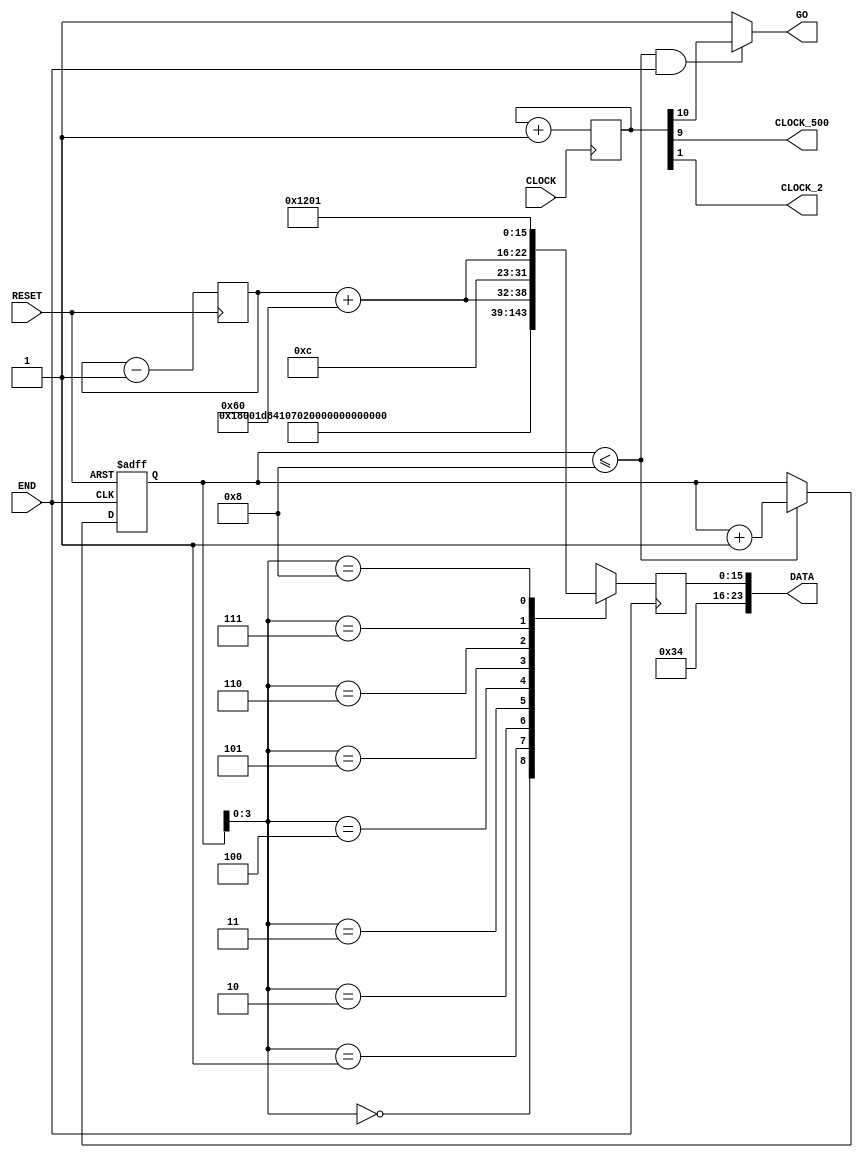
// ============================================================================
// Copyright (c) 2012 by Terasic Technologies Inc.
// ============================================================================
//
// Permission:
//
//   Terasic grants permission to use and modify this code for use
//   in synthesis for all Terasic Development Boards and Altrea Development 
//   Kits made by Terasic.  Other use of this code, including the selling 
//   ,duplication, or modification of any portion is strictly prohibited.
//
// Disclaimer:
//
//   This VHDL or Verilog source code is intended as a design reference
//   which illustrates how these types of functions can be implemented.
//   It is the user's responsibility to verify their design for
//   consistency and functionality through the use of formal
//   verification methods.  Terasic provides no warranty regarding the use 
//   or functionality of this code.
//
// ============================================================================
//           
//  Terasic Technologies Inc
//  9F., No.176, Sec.2, Gongdao 5th Rd, East Dist, Hsinchu City, 30070. Taiwan
//
//
//
//                     web: http://www.terasic.com/
//
// ============================================================================
//
// Major Functions: I2C output data
//
// ============================================================================
//
// Revision History :
// ============================================================================
//   Ver  :| Author             :| Mod. Date :| Changes Made:
//   V1.0 :| Allen Wang         :| 03/24/10  :| Initial Revision
//   V3.0 :| Young       		  :| 01/05/13  :| version 12.1
// ============================================================================
`define rom_size 6'd8

module CLOCK_500 (
	              CLOCK,
 	              CLOCK_500,
	              DATA,
	              END,
	              RESET,
	              GO,
	              CLOCK_2
                 );
//=======================================================
//  PORT declarations
//=======================================================                
	input  		 	CLOCK;
	input 		 	END;
	input 		 	RESET;
	
	output		    CLOCK_500;
	output 	[23:0]	DATA;
	output 			GO;
	output 			CLOCK_2;


	reg  	[10:0]	COUNTER_500;
	reg  	[15:0]	ROM[`rom_size:0];
	reg  	[15:0]	DATA_A;
	reg  	[5:0]	address;

wire  CLOCK_500=COUNTER_500[9];
wire  CLOCK_2=COUNTER_500[1];
wire [23:0]DATA={8'h34,DATA_A};	
wire  GO =((address <= `rom_size) && (END==1))? COUNTER_500[10]:1;
//=============================================================================
// Structural coding
//=============================================================================

always @(negedge RESET or posedge END) 
	begin
		if (!RESET)
			begin
				address=0;
			end
		else if (address <= `rom_size)
				begin
					address=address+1;
				end
	end

reg [4:0] vol;
wire [6:0] volume;
always @(posedge RESET) 
	begin
		vol=vol-1;
	end
assign volume = vol+96;
always @(posedge END) 
	begin
	//	ROM[0] = 16'h1e00;
		ROM[0] = 16'h0c00;	    			 //power down
		ROM[1] = 16'h0ec2;	   		    	 //master
		ROM[2] = 16'h0838;	    			 //sound select
	
		ROM[3] = 16'h1000;					 //mclk
	
		ROM[4] = 16'h0017;					 //
		ROM[5] = 16'h0217;					 //
		ROM[6] = {8'h04,1'b0,volume[6:0]};		 //
		ROM[7] = {8'h06,1'b0,volume[6:0]};	     //sound vol
	
		//ROM[4]= 16'h1e00;		             //reset	
		ROM[`rom_size]= 16'h1201;            //active
		DATA_A=ROM[address];
	end

always @(posedge CLOCK ) 
	begin
		COUNTER_500=COUNTER_500+1;
	end

endmodule